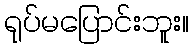
ရုပ်မပြောင်းဘူး။